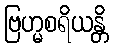
ဗြဟ္မစရိယန္တိ